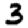
Digit: 3